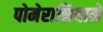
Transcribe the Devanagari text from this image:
पोमेरानियामें